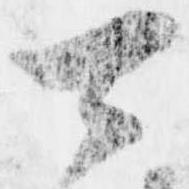
可